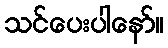
သင်ပေးပါနော်။